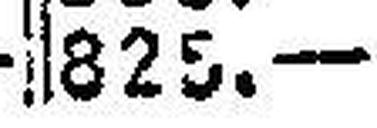
825.—